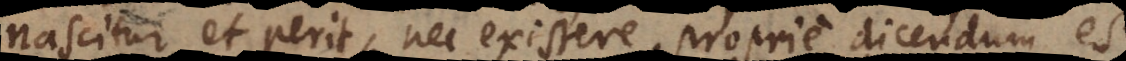
nascitur et perit, nec existere proprie dicendum est,